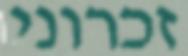
זכרוני